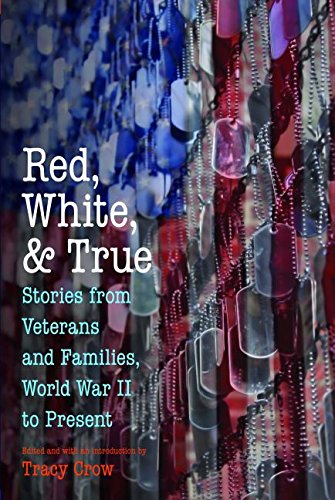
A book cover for Red, White, and True: Stories from Veterans and Families, World War II to Present; Parenting & Relationships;